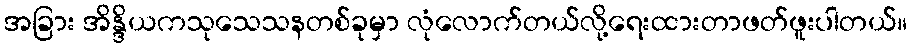
အခြား အိန္ဒိယကသုသေသနတစ်ခုမှာ လုံလောက်တယ်လို့ရေးထားတာဖတ်ဖူးပါတယ်။